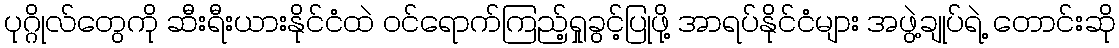
ပုဂ္ဂိုလ်တွေကို ဆီးရီးယားနိုင်ငံထဲ ဝင်ရောက်ကြည့်ရှုခွင့်ပြုဖို့ အာရပ်နိုင်ငံများ အဖွဲ့ချုပ်ရဲ့ တောင်းဆို